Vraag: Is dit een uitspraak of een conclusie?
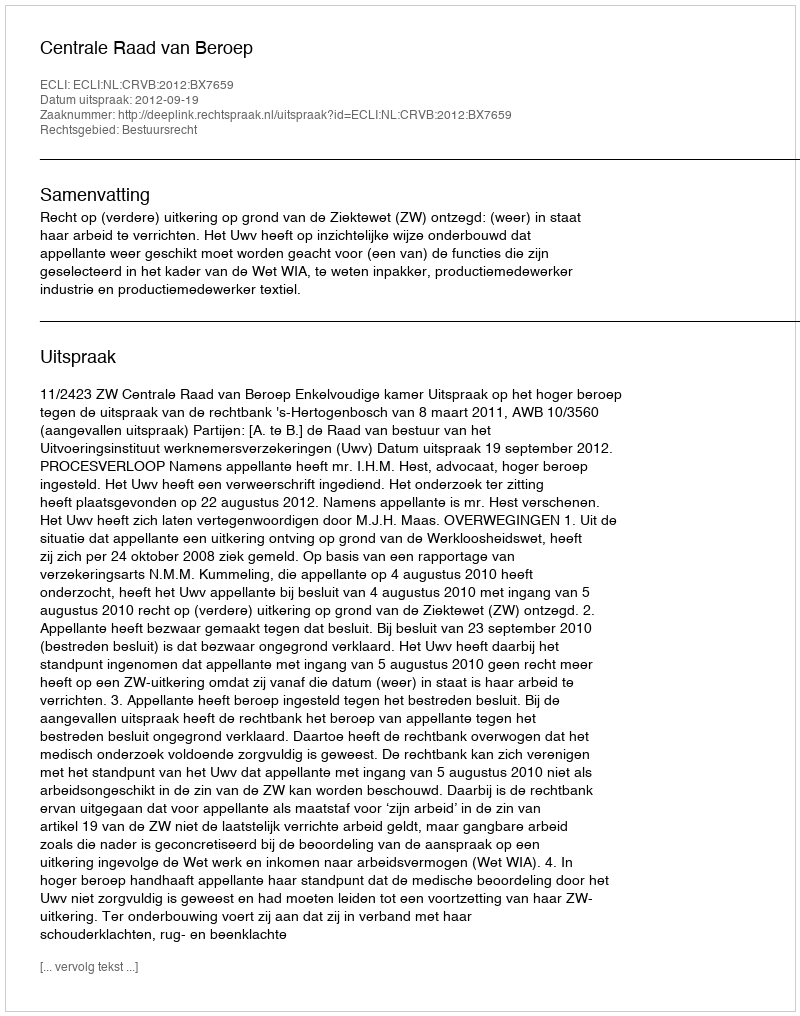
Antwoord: Uitspraak